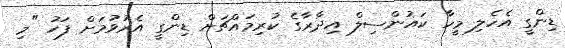
ޑިންގީ އެހެލި މީހާ ކައުންސިލް އިދާރާގެ ކުރިމައްޗަށް ޑިންގީ އެރުވުމަށް ފަހު "މި